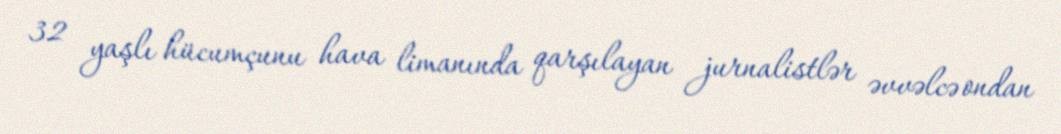
32 yaşlı hücumçunu hava limanında qarşılayan jurnalistlər əvvəlcə ondan